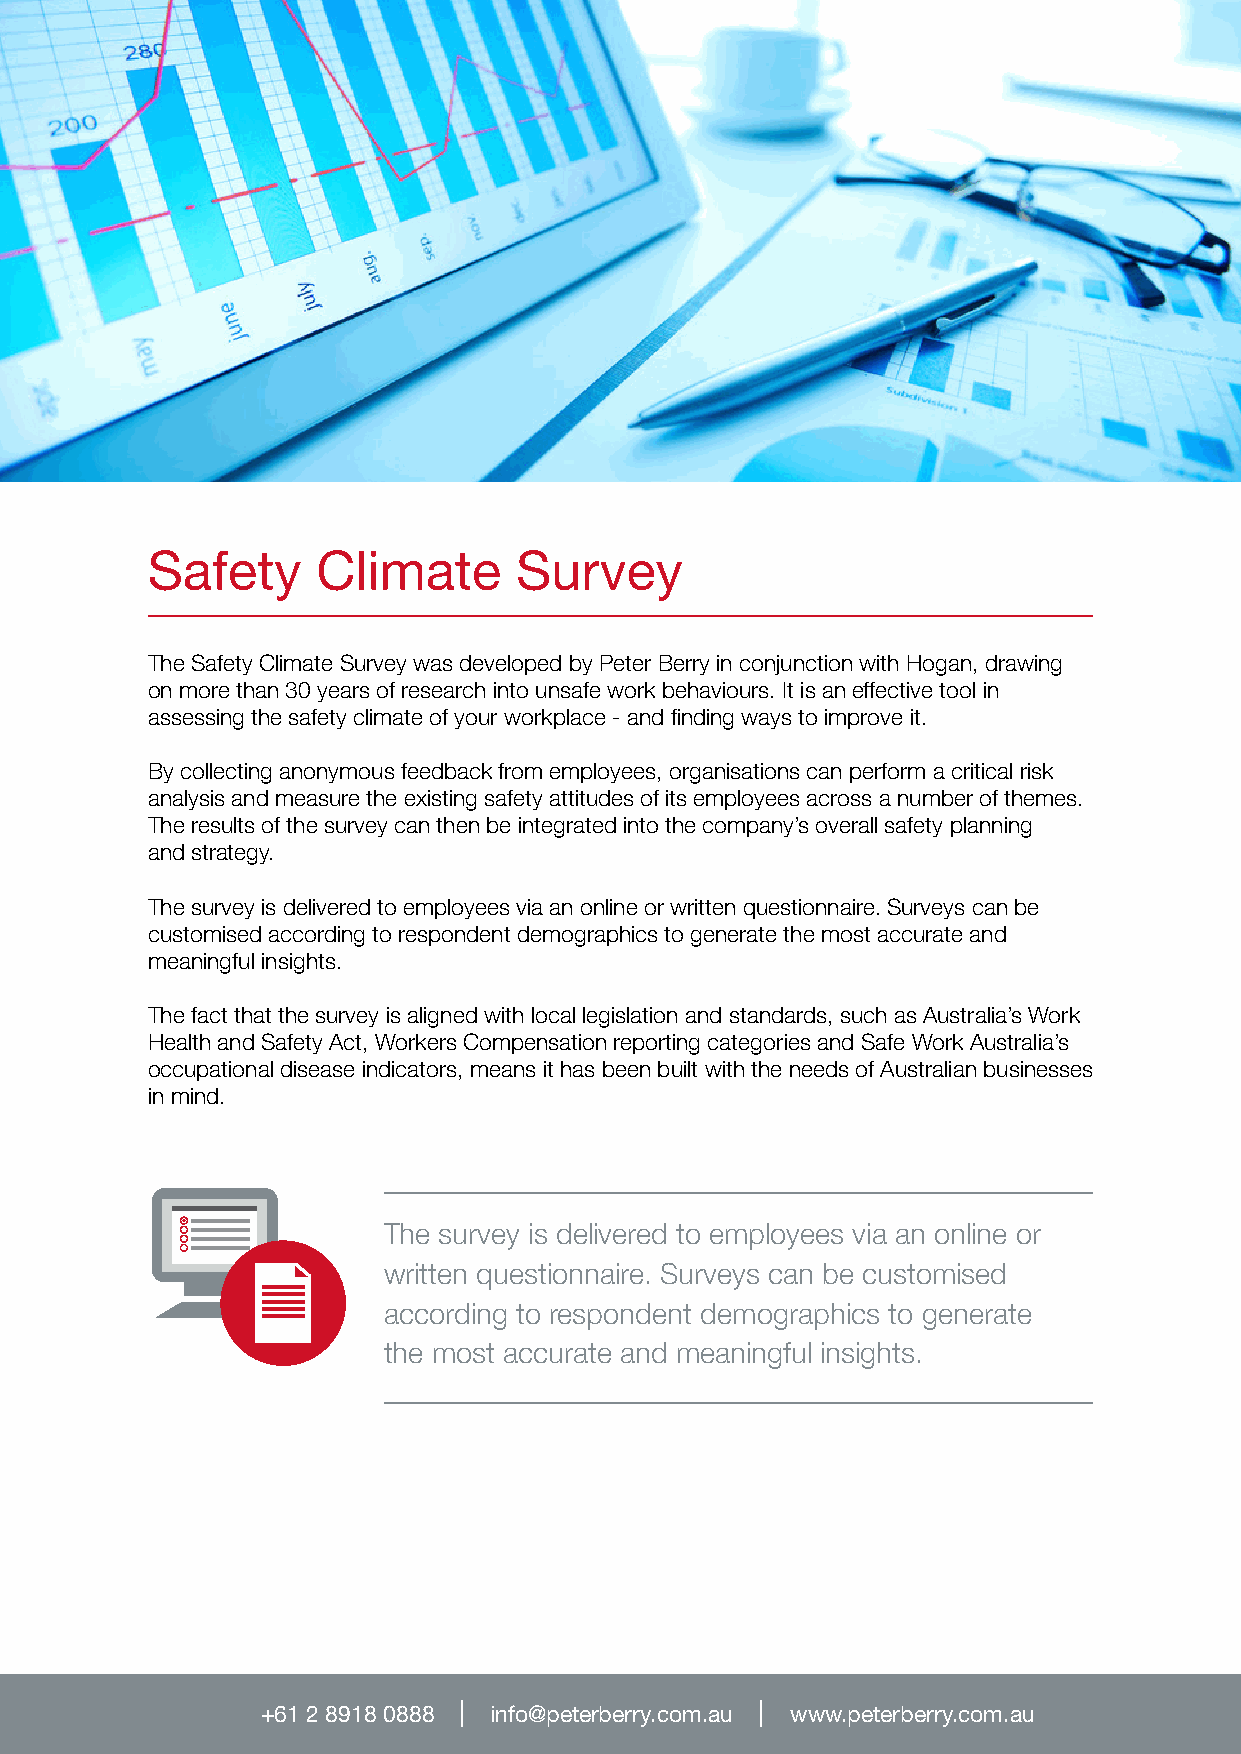
Safety     Climate      Survey
 The Safety Climate Survey was developed by Peter Berry in conjunction with Hogan, drawing
 on more than 30 years of research into unsafe work behaviours. It is an effective tool in
 assessing the safety climate of your workplace - and finding ways to improve it.
 By collecting anonymous feedback from employees, organisations can perform a critical risk
 analysis and measure the existing safety attitudes of its employees across a number of themes.
 The results of the survey can then be integrated into the company’s overall safety planning
 and strategy.
 The survey is delivered to employees via an online or written questionnaire. Surveys can be
 customised according to respondent demographics to generate the most accurate and
 meaningful insights.
 The fact that the survey is aligned with local legislation and standards, such as Australia’s Work
 Health and Safety Act, Workers Compensation reporting categories and Safe Work Australia’s
 occupational disease indicators, means it has been built with the needs of Australian businesses
 in mind.
 The survey is delivered to employees via an online or
 written questionnaire. Surveys can be customised
 according to respondent demographics to generate
 the most accurate and meaningful insights.
 +61 2 8918 0888 info@peterberry.com.au www.peterberry.com.au